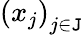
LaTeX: {(x_{j})}_{j\in\mathtt{J}}